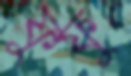
ফুফু